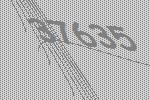
37635